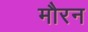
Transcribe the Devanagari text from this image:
मौरन